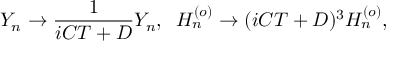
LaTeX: Y _ { n } \rightarrow \frac { 1 } { i C T + D } Y _ { n } , \; \; H _ { n } ^ { ( o ) } \rightarrow ( i C T + D ) ^ { 3 } H _ { n } ^ { ( o ) } ,